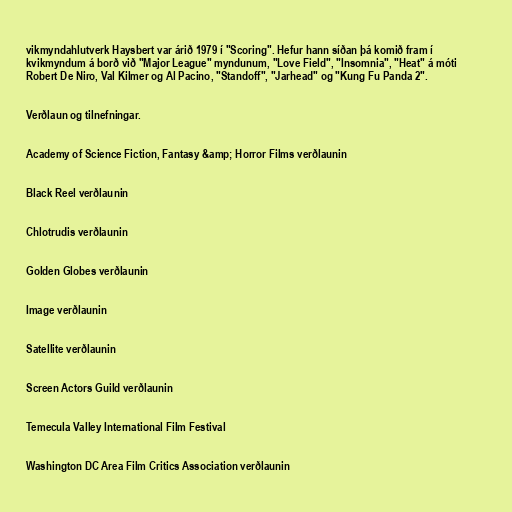
vikmyndahlutverk Haysbert var árið 1979 í "Scoring". Hefur hann síðan þá komið fram í
kvikmyndum á borð við "Major League" myndunum, "Love Field", "Insomnia", "Heat" á móti
Robert De Niro, Val Kilmer og Al Pacino, "Standoff", "Jarhead" og "Kung Fu Panda 2".

Verðlaun og tilnefningar.

Academy of Science Fiction, Fantasy &amp; Horror Films verðlaunin

Black Reel verðlaunin

Chlotrudis verðlaunin

Golden Globes verðlaunin

Image verðlaunin

Satellite verðlaunin

Screen Actors Guild verðlaunin

Temecula Valley International Film Festival

Washington DC Area Film Critics Association verðlaunin